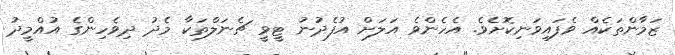
ޒަމާންތަކެއް ވެފައިވަނިކޮށެވެ. އެހެންވެ އަލަށް އުފެދުނު ޓީވީ ޗެނަލްތަކާ މެދު ދިވެހިންގެ އުއްމީދު